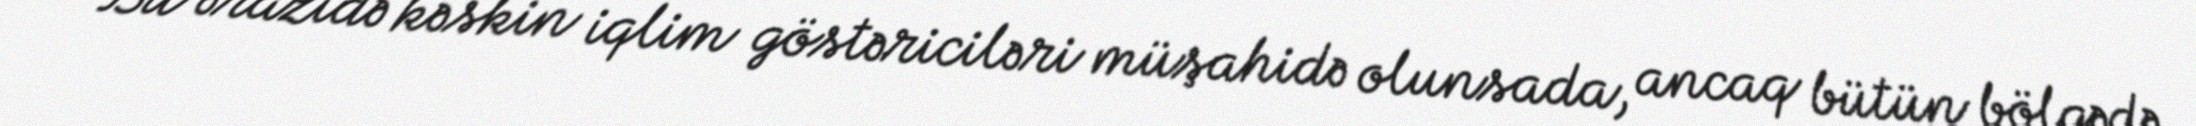
Bu ərazidə kəskin iqlim göstəriciləri müşahidə olunsada, ancaq bütün bölgədə